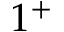
1 ^ { + }